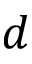
d